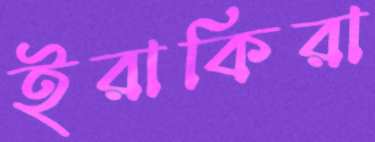
ইরাকিরা